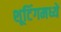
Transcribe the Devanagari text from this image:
शूटिंगमध्ये